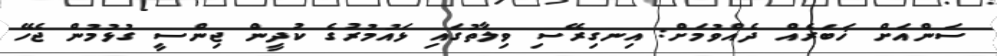
ސަންއަށް ޚަބަރެއް ދެއްވުމަށް: އިނގިރޭސި ވިލާތުގައި ޅައުމުރުގެ ކުދީން ޖިންސީ ގުޅުމުން ޖެހޭ